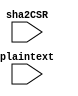
`timescale 1ns / 1ps
//////////////////////////////////////////////////////////////////////////////////
// Company: 
// Engineer: 
// 
// Design Name: 
// Module Name: padder
// Project Name: 
// Target Devices: 
// Tool Versions: 
// Description: 
// 
// Dependencies: 
// 
// Revision:
// Revision 0.01 - File Created
// Additional Comments:
// 
//////////////////////////////////////////////////////////////////////////////////


module padder(
    input [66:0] sha2CSR,
    input [447:0] plaintext
    );
	
	integer shiftAmount = 0;
	reg [511:0] shaPlaintext = 0;
	
	always @(*) begin
		shiftAmount = 447 - sha2CSR[65:2] + 64;
	
		shaPlaintext = {plaintext[447:0], 1'b1} << shiftAmount;
	
		shaPlaintext[63:0] = sha2CSR[65:2];
		
		//shaPlaintext = sha2CSR ** -1;
	end
endmodule